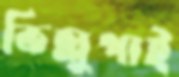
ভিল্লুপাই